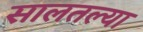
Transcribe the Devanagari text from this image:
सालतल्या